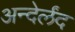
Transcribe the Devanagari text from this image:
अन्देर्लंद